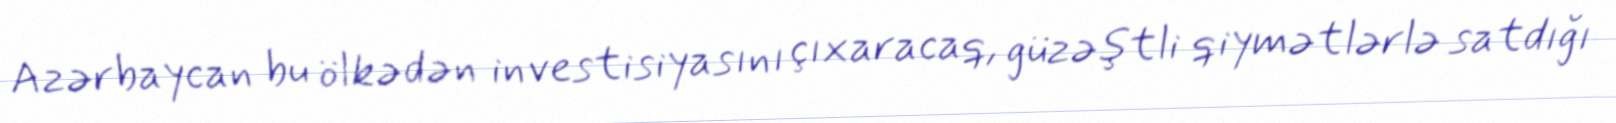
Azərbaycan bu ölkədən investisiyasını çıxaracaq, güzəştli qiymətlərlə satdığı